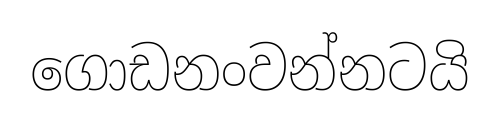
ගොඩනංවන්නටයි